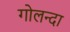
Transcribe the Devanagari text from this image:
गोलन्दा